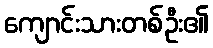
ကျောင်းသားတစ်ဦး၏